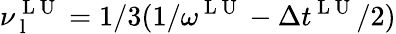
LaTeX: \nu_{\mathrm{~l~}}^{\mathrm{~L~U~}}=1/3(1/\omega^{\mathrm{~L~U~}}-\Delta t^{\mathrm{~L~U~}}/2)